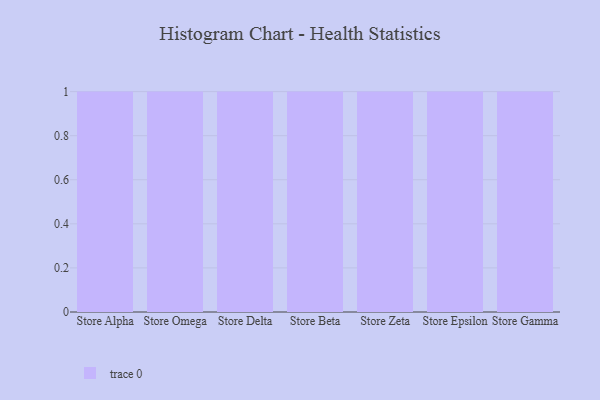
{"axis": {"x": "Store", "y": "Active Users"}, "legend": [""], "data": [{"x": "Store Alpha", "y": 82, "type": ""}, {"x": "Store Omega", "y": 18, "type": ""}, {"x": "Store Delta", "y": 27, "type": ""}, {"x": "Store Beta", "y": 94, "type": ""}, {"x": "Store Zeta", "y": 88, "type": ""}, {"x": "Store Epsilon", "y": 75, "type": ""}, {"x": "Store Gamma", "y": 45, "type": ""}]}